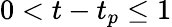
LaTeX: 0<t-t_{p}\leq 1